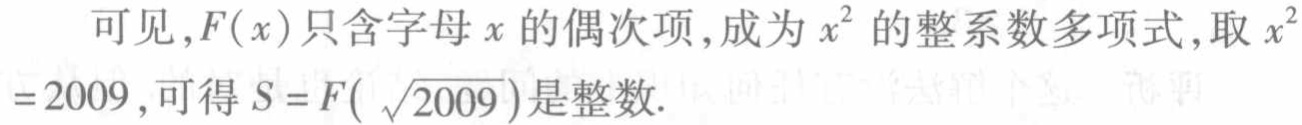
可见，\(F(x)\)只含字母\(x\)的偶次项，成为\(x^{2}\)的整系数多项式，取\(x^{2}=2009\)，可得\(S = F(\sqrt{2009})\)是整数.